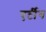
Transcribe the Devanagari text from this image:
एर्टीग